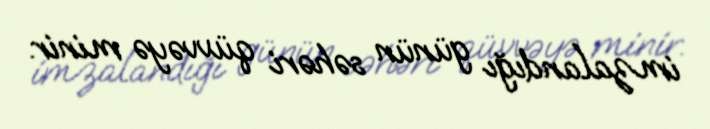
imzalandığı günün səhəri qüvvəyə minir.